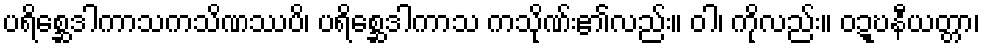
ပရိစ္ဆေဒါကာသကသိဏဿပိ၊ ပရိစ္ဆေဒါကာသ ကသိုဏ်း၏လည်း။ ဝါ၊ ကိုလည်း။ ဝဍ္ဎနီယတ္တာ၊